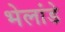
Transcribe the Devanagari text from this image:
भेलांडे